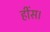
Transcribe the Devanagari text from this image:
हींस।